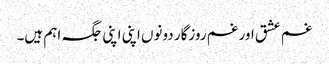
غم عشق اور غم روزگار دونوں اپنی اپنی جگہ اہم ہیں۔